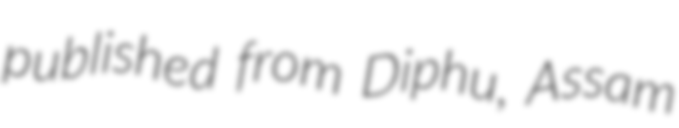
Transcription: published from Diphu, Assam